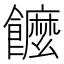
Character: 𩟠